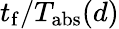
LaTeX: t_{\mathrm{f}}/T_{\mathrm{abs}}(d)